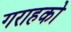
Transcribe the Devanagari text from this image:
गराहको